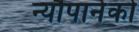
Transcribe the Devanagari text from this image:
न्यौपानेको